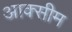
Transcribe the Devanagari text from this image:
आक्सीम